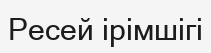
Ресей ірімшігі